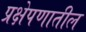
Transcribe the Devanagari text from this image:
प्रक्षेपणातील